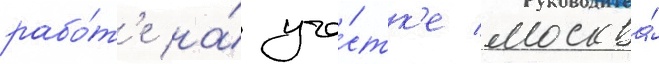
рабо́т'е на́ уча́стк'е москва́